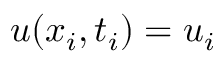
u ( x _ { i } , t _ { i } ) = u _ { i }